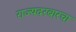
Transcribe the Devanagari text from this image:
राज्यदरबारचा